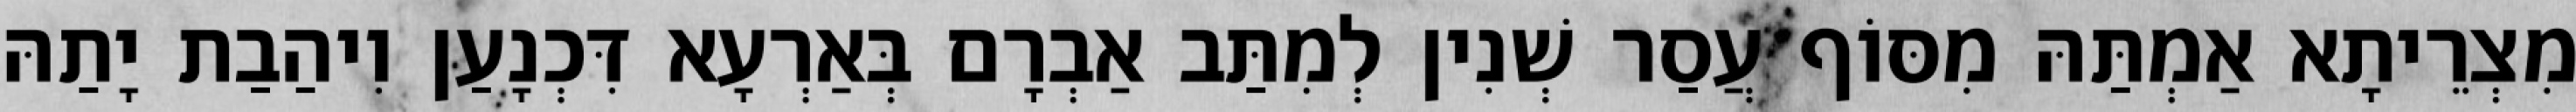
מִצְרֵיתָא אַמְתַּהּ מִסּוֹף עֲסַר שְׁנִין לְמִתַּב אַבְרָם בְּאַרְעָא דִּכְנָעַן וִיהַבַת יָתַהּ